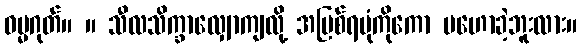
ဓမ္မဂုတ်။ ။ သီလသိက္ခာလျှောကျလို့ အပြစ်ရပုံကိုကော မဟောခဲ့ဘူးလား။